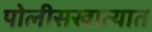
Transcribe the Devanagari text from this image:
पोलीसखात्यात